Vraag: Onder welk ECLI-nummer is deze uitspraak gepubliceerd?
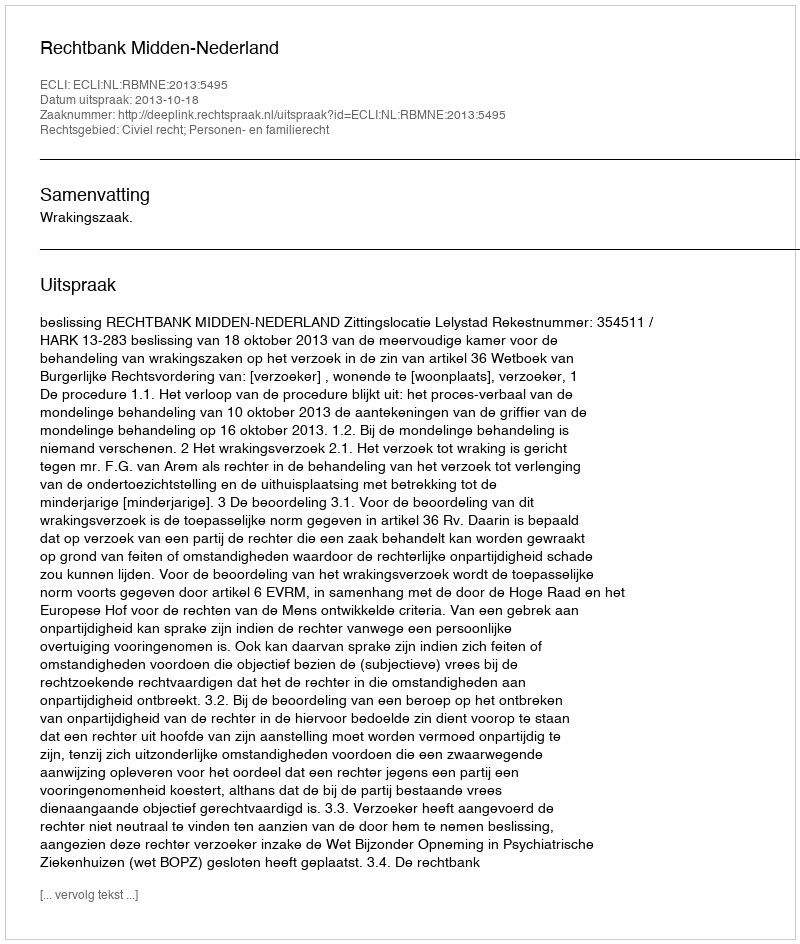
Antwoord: ECLI:NL:RBMNE:2013:5495